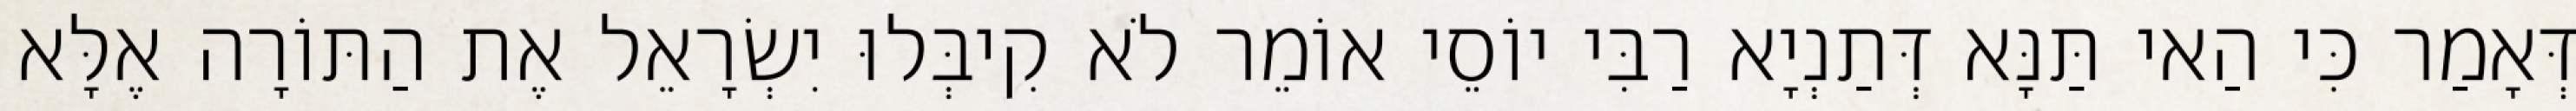
דְּאָמַר כִּי הַאי תַּנָּא דְּתַנְיָא רַבִּי יוֹסֵי אוֹמֵר לֹא קִיבְּלוּ יִשְׂרָאֵל אֶת הַתּוֹרָה אֶלָּא